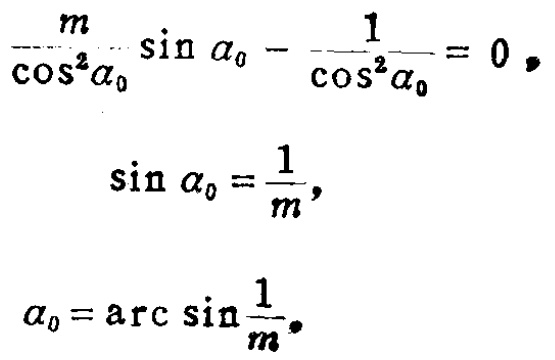
\[

\begin{align*}

\frac{m}{\cos^{2}\alpha_{0}}\sin\alpha_{0}-\frac{1}{\cos^{2}\alpha_{0}}&=0,\\

\sin\alpha_{0}&=\frac{1}{m},\\

\alpha_{0}&=\arcsin\frac{1}{m}.

\end{align*}

\]